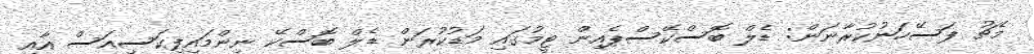
މެޗު ފަސޭހަނުކުރާނަން: ޑެލް ބޮސްކޭސްޕެއިން ޓީމުގައި މަޑުކުރަން ޑެލް ބޮސްކޭ ނިންމައިފިކަސިއަސް އާއި